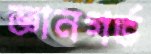
জ্ঞানগর্ভ